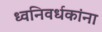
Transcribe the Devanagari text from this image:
ध्वनिवर्धकांना